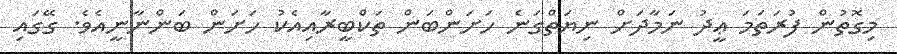
މިގޮތުން ފުރަތަމަ ޢީދު ނަމާދަށް ނިޔަތްގަނެ ހަށަންބަން ތަކްބީރާއިއެކު ހަށަން ބަންނާނީއެވެ. ގޭގައި